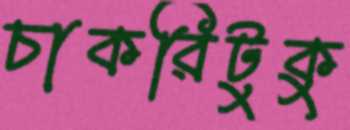
চাকরিটুকু